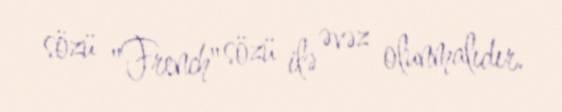
sözü "French" sözü ilə əvəz olunmalıdır.